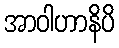
အာဝါဟာနိပိ